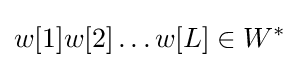
w[1]w[2]\ldots w[L]\in W^{*}